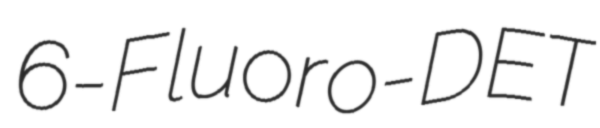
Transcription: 6-Fluoro-DET